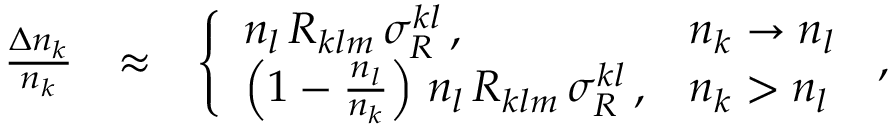
\begin{array} { r l r } { \frac { \Delta n _ { k } } { n _ { k } } } & { \approx } & { \left\{ \begin{array} { l l } { n _ { l } \, { \cal R } _ { k l m } \, \sigma _ { R } ^ { k l } \, , } & { n _ { k } \rightarrow n _ { l } } \\ { \left( 1 - \frac { n _ { l } } { n _ { k } } \right) \, n _ { l } \, { \cal R } _ { k l m } \, \sigma _ { R } ^ { k l } \, , } & { n _ { k } > n _ { l } } \end{array} \right. \, , } \end{array}